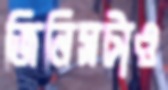
জিনিসটাও